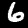
Digit: 6